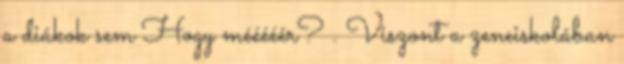
a diákok sem Hogy mééééér? . Viszont a zeneiskolában